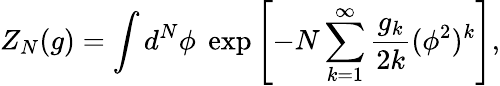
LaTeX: Z_{N}(g)=\int d^{N}\phi\; \exp\left[-N\sum_{k=1}^{\infty}\frac{g_{k}}{2k}(\phi^{2})^{k}\right],